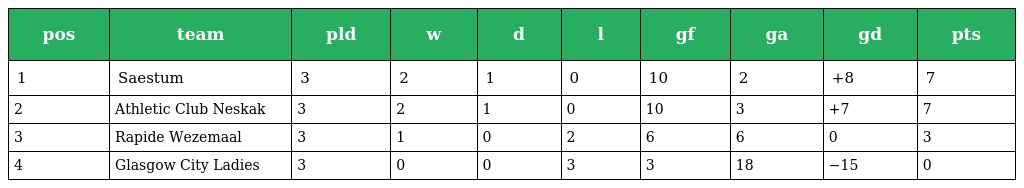
| pos | team | pld | w | d | l | gf | ga | gd | pts |
 | --- | --- | --- | --- | --- | --- | --- | --- | --- | --- |
 | 1 | Saestum | 3 | 2 | 1 | 0 | 10 | 2 | +8 | 7 |
 | 2 | Athletic Club Neskak | 3 | 2 | 1 | 0 | 10 | 3 | +7 | 7 |
 | 3 | Rapide Wezemaal | 3 | 1 | 0 | 2 | 6 | 6 | 0 | 3 |
 | 4 | Glasgow City Ladies | 3 | 0 | 0 | 3 | 3 | 18 | −15 | 0 |